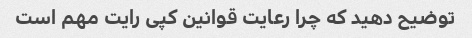
توضیح دهید که چرا رعایت قوانین کپی رایت مهم است